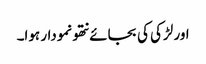
اور لڑکی کی بجائے نتھو نمودار ہوا۔